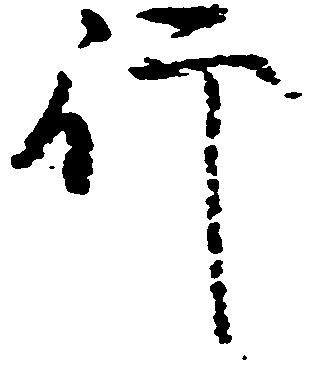
行